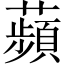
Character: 蘋